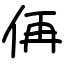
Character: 侢